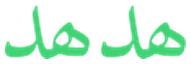
ھدھد